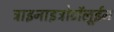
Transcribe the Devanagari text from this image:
ट्राइनाइट्रोटॉलूईन